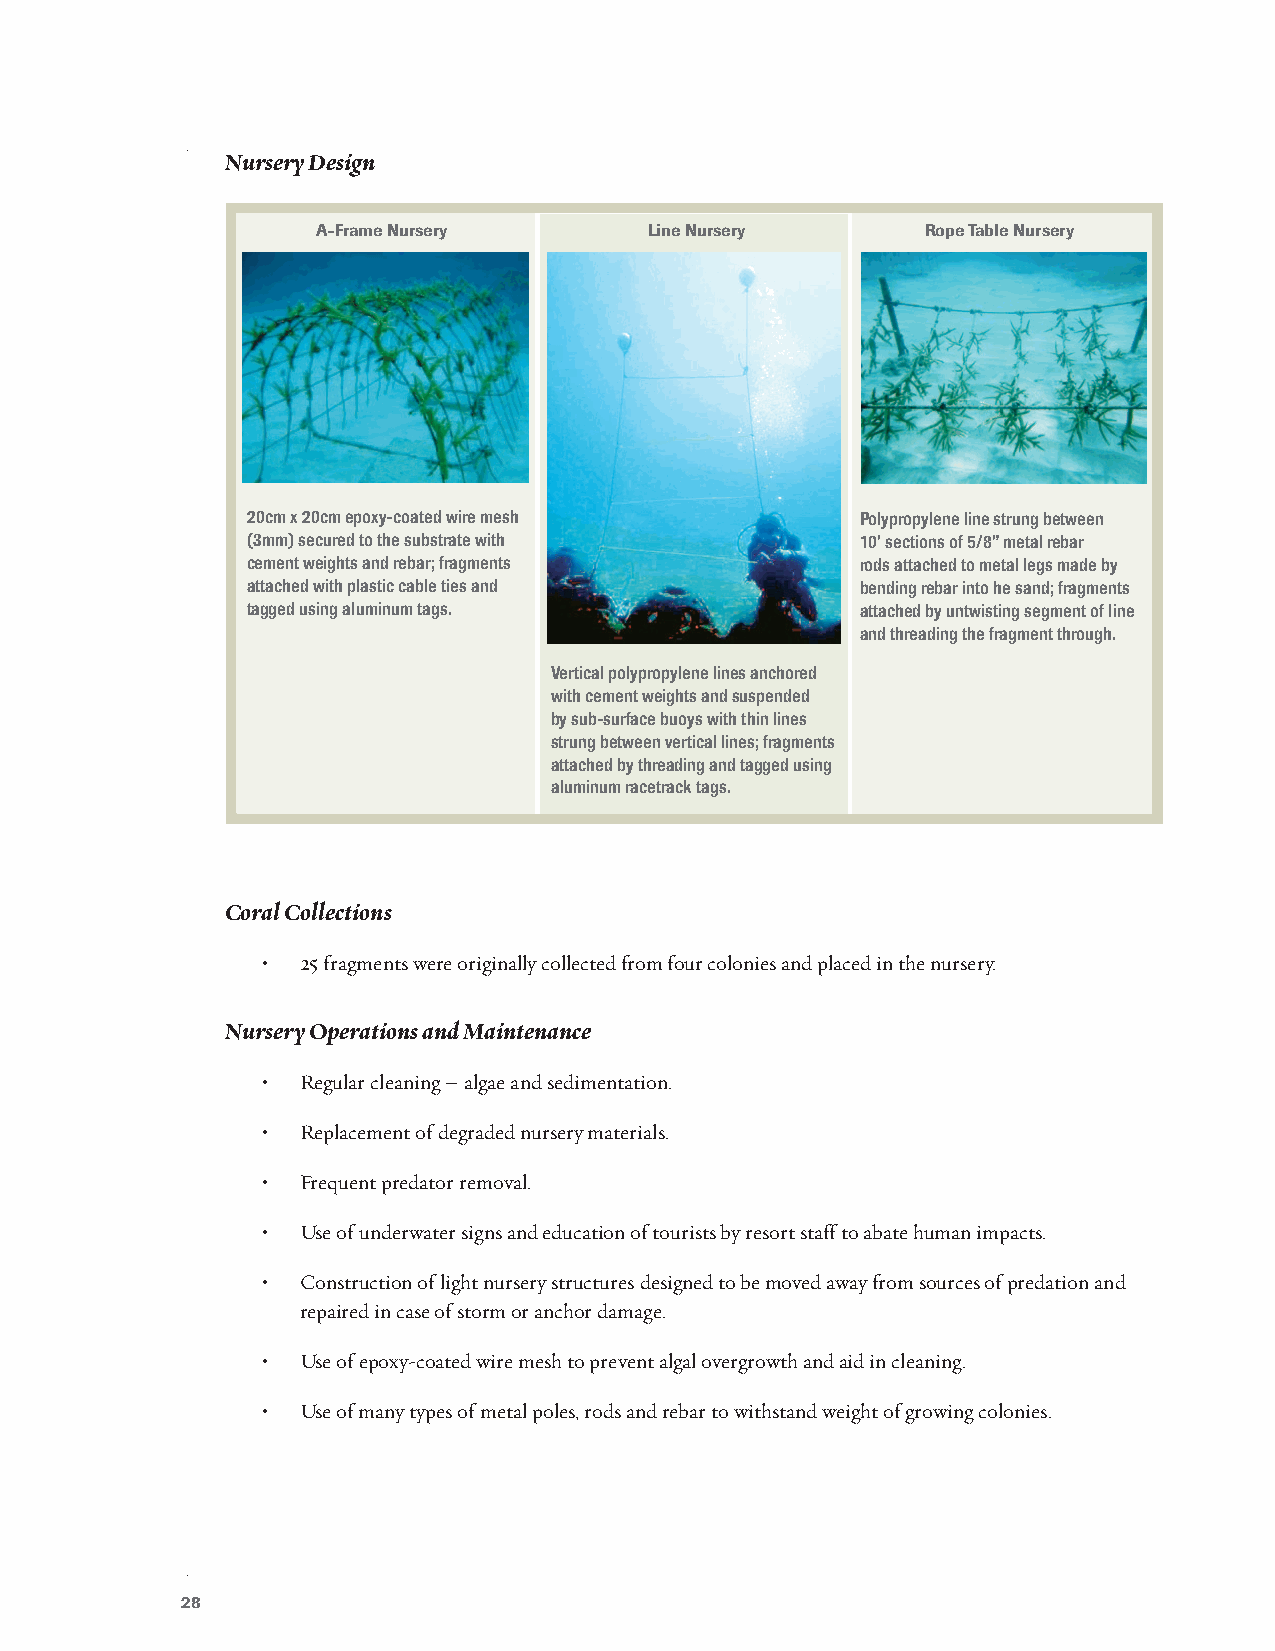
Nursery Design
 A-Frame Nursery       Line Nursery      Rope Table Nursery
 20cm x 20cm epoxy-coated wire mesh       Polypropylene line strung between
 (3mm) secured to the substrate with      10’ sections of 5/8” metal rebar
 cement weights and rebar; fragments      rods attached to metal legs made by
 attached with plastic cable ties and     bending rebar into he sand; fragments
 tagged using aluminum tags.              attached by untwisting segment of line
 and threading the fragment through.
 Vertical polypropylene lines anchored
 with cement weights and suspended
 by sub-surface buoys with thin lines
 strung between vertical lines; fragments
 attached by threading and tagged using
 aluminum racetrack tags.
 Coral Collections
 •  25 fragments were originally collected from four colonies and placed in the nursery.
 Nursery Operations and Maintenance
 •  Regular cleaning – algae and sedimentation.
 •  Replacement of degraded nursery materials.
 •  Frequent predator removal.
 •  Use of underwater signs and education of tourists by resort staff to abate human impacts.
 •  Construction of light nursery structures designed to be moved away from sources of predation and
 repaired in case of storm or anchor damage.
 •  Use of epoxy-coated wire mesh to prevent algal overgrowth and aid in cleaning.
 •  Use of many types of metal poles, rods and rebar to withstand weight of growing colonies.
 28